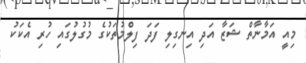
މިއީ އަމާނާތް ޝަޒާ އަދި އިނގިލި ފަދަ ފިލްމުތަކުގެ މުގުލުގައި ހުރި އެކަކު